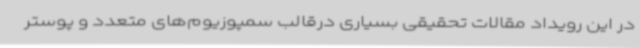
در این رویداد مقالات تحقیقی بسیاری درقالب سمپوزیوم‌های متعدد و پوستر